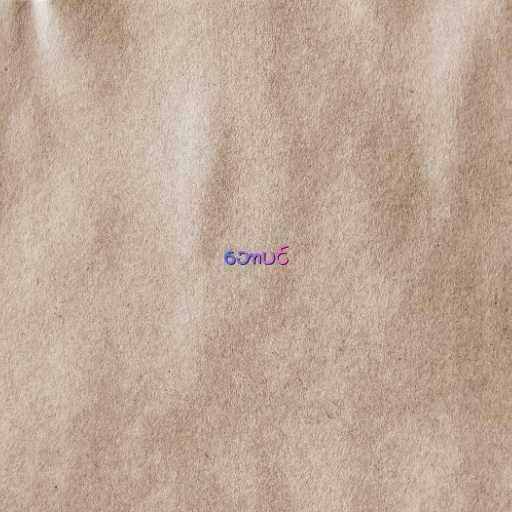
ဘောပင်